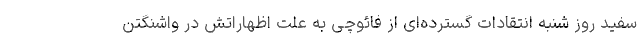
سفید روز شنبه انتقادات گسترده‌ای از فائوچی به علت اظهاراتش در واشنگتن